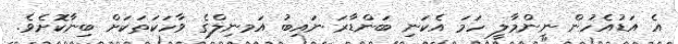
އެ އަޑުއެހުން ނިންމާލީ ހަމަ އެކަނި ބަންޑާރަ ނައިބު އަމނިލްގެ ވާހަކަތަކަށް ބިނާކޮށެވެ.